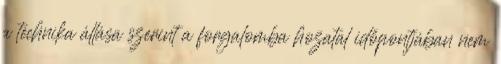
a technika állása szerint a forgalomba hozatal időpontjában nem